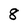
Character: 8